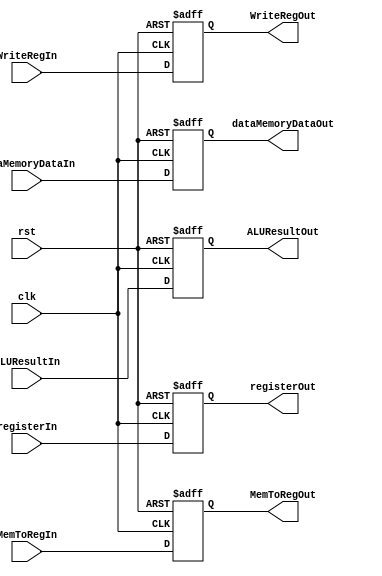
`timescale 1ns / 1ps
//////////////////////////////////////////////////////////////////////////////////
// Company: 
// Engineer: 
// 
// Design Name: 
// Module Name:    MEM_WB 
// Project Name: 
// Target Devices: 
// Tool versions: 
// Description: 
//
// Dependencies: 
//
// Revision: 
// Revision 0.01 - File Created
// Additional Comments: 
//
//////////////////////////////////////////////////////////////////////////////////
module MEM_WB( clk, rst,
					WriteRegIn, WriteRegOut, 
					MemToRegIn, MemToRegOut,
					dataMemoryDataIn, dataMemoryDataOut,
					ALUResultIn, ALUResultOut,
					registerIn, registerOut
					);
	input wire clk;							input wire rst;
	input wire WriteRegIn;					output reg WriteRegOut;
	input wire MemToRegIn;					output reg MemToRegOut;
	input wire[31:0] dataMemoryDataIn;	output reg[31:0] dataMemoryDataOut;
	input wire[31:0] ALUResultIn;			output reg[31:0] ALUResultOut;
	input wire[4:0] registerIn;		output reg[4:0] registerOut;
initial begin
	WriteRegOut = 0;
	MemToRegOut = 0;
	dataMemoryDataOut = 0;
	ALUResultOut = 0;
	registerOut = 0;
end	
	always @ (posedge clk or posedge rst) begin
		if(rst) begin
			WriteRegOut = 0;
			MemToRegOut = 0;
			dataMemoryDataOut = 0;
			ALUResultOut = 0;
			registerOut = 0;
		end
		else begin
			WriteRegOut = WriteRegIn;
			MemToRegOut = MemToRegIn;
			dataMemoryDataOut = dataMemoryDataIn;
			ALUResultOut = ALUResultIn;
			registerOut = registerIn;
		end
	end
endmodule